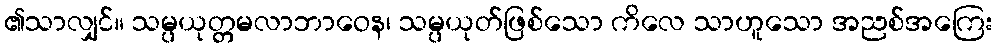
၏သာလျှင်။ သမ္ပယုတ္တမလာဘာဝေန၊ သမ္ပယုတ်ဖြစ်သော ကိလေ သာဟူသော အညစ်အကြေး